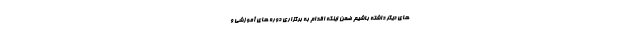
های دیگر داشته باشیم ضمن اینکه اقدام به برگزاری دوره های آموزشی و